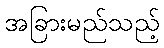
အခြားမည်သည့်